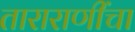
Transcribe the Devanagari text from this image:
ताराराणींचा